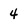
Character: 4